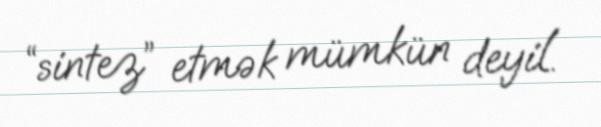
“sintez” etmək mümkün deyil.